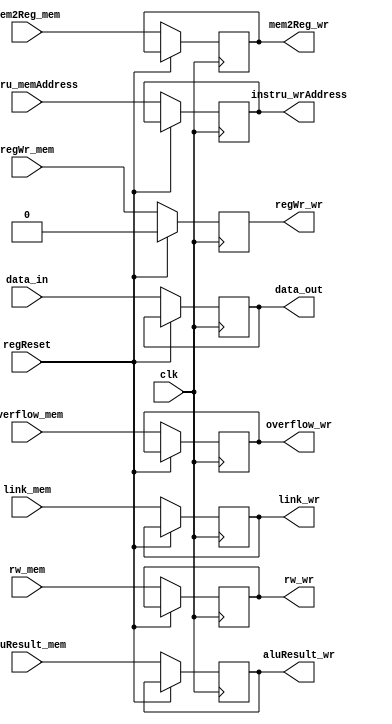
module MEMWRReg_320(
    input clk,               
    input regReset,//
    //      
    input mem2Reg_mem,             
    input regWr_mem,  
    input link_mem,
    input overflow_mem,
    //input           rtype_mem,                                          
    
    //     
    
	input[31:0] aluResult_mem,
	input[31:0] data_in,
    input[4:0]  rw_mem,
    input[31:0] instru_memAddress,

    //    
    output reg mem2Reg_wr,             
    output reg regWr_wr,      
    output reg link_wr,
    //output reg      rtype_wr                
        
    
    //     
    output reg overflow_wr,
	output reg[31:0] aluResult_wr,
	output reg[31:0] data_out, 
    output reg[4:0]  rw_wr,
    output reg[31:0] instru_wrAddress
);
initial begin
    mem2Reg_wr=0;  
    regWr_wr=0;  
    overflow_wr=0;  
    aluResult_wr=0;  
    data_out=0;  
    instru_wrAddress=0;
    rw_wr=0;  
end

    always @(negedge clk) begin
        if(~regReset) begin
            overflow_wr=overflow_mem;
            mem2Reg_wr=mem2Reg_mem;
            //rtype_wr=rtype_mem;
            link_wr=link_mem;
            regWr_wr=regWr_mem;
            aluResult_wr=aluResult_mem;
            data_out=data_in;
            rw_wr=rw_mem;
            instru_wrAddress=instru_memAddress;
        end
        else begin
            regWr_wr=0;
        end
    end

endmodule